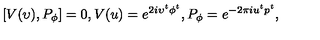
[ V ( \upsilon ) , P _ { \phi } ] = 0 , V ( u ) = e ^ { 2 i \upsilon ^ { t } \phi ^ { t } } , P _ { \phi } = e ^ { - 2 \pi i u ^ { t } p ^ { t } } ,